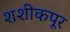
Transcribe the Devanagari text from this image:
शशीकपूर